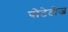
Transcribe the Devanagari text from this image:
पोटेटोज